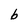
Character: b